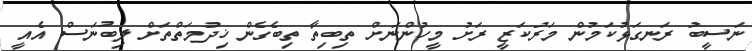
ނަސީބު ރަނގަޅުކަމުން މަރުކަޒީ ރަށު މީހުންނަށް ތިބިތާ ތިބެގެން ޚިދުމަތްތަށް ލިބުނަސް އެއީ